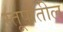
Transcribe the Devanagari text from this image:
स्तूपातील